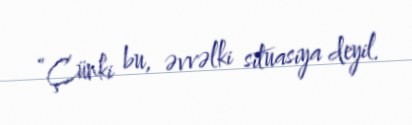
“Çünki bu, əvvəlki situasiya deyil.